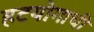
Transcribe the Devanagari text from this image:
हटयोगाची